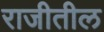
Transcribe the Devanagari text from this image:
राजीतील